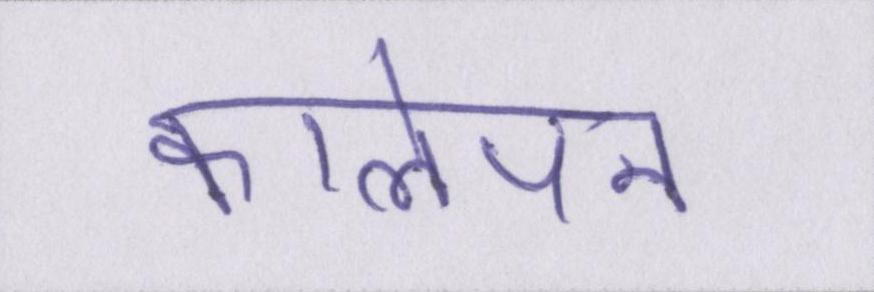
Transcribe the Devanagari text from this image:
कालेपन